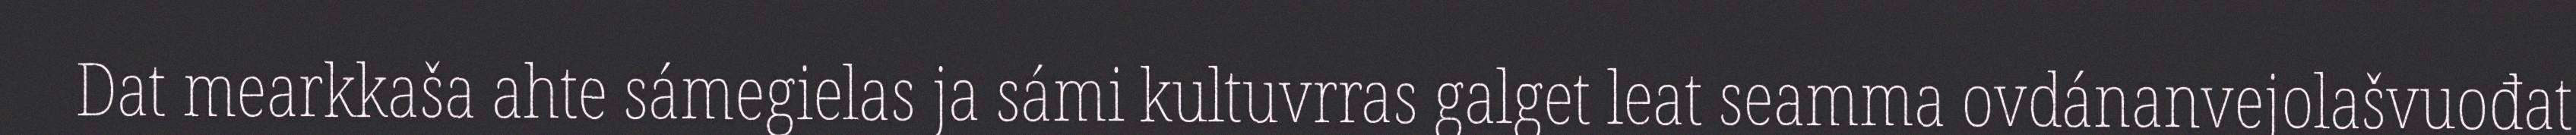
Dat mearkkaša ahte sámegielas ja sámi kultuvrras galget leat seamma ovdánanvejolašvuođat